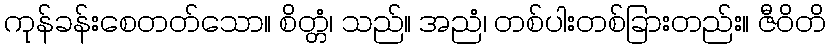
ကုန်ခန်းစေတတ်သော။ စိတ္တံ၊ သည်။ အညံ၊ တစ်ပါးတစ်ခြားတည်း။ ဇီဝိတိ